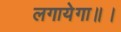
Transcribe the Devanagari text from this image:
लगायेगा॥।